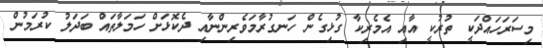
މިސަރަހައްދަކީ ތުރުކީ އާއި އެމެރިކާ ގުޅިގެން ހަނގުރާމަވެރިންނާއި ދެކޮޅަށް ހަމަލާތައް ބަދަލު ކުރަމުން